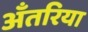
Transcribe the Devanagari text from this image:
अँतरिया